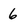
Character: 6